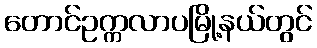
တောင်ဥက္ကလာပမြို့နယ်တွင်